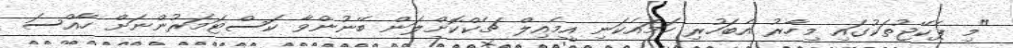
"މިި ޕެކޭޖުތަކުގައި މިހާރު އެބަހުރި ހަމައެކަނި އީމެއިލް ޗެކްކޮށްލަން ބޭނުންވާ ކަސްޓަމަރުންނަށް ހާއްސަ